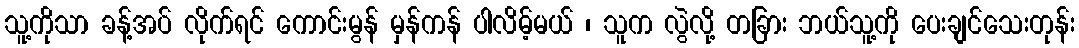
သူ့ကိုသာ ခန့်အပ် လိုက်ရင် ကောင်းမွန် မှန်ကန် ပါလိမ့်မယ် ၊ သူက လွဲလို့ တခြား ဘယ်သူ့ကို ပေးချင်သေးတုန်း